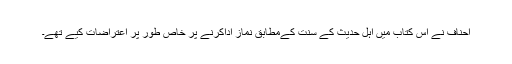
احناف نے اس کتاب میں اہل حدیث کے سنت کےمطابق نماز اداکرنے پر خاص طور پر اعتراضات کیے تھے۔